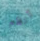
أنظم